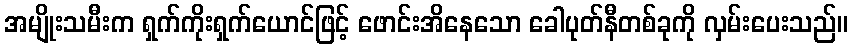
အမျိုးသမီးက ရှက်ကိုးရှက်ယောင်ဖြင့် ဖောင်းအိနေသော ခေါပုတ်နီတစ်ခုကို လှမ်းပေးသည်။